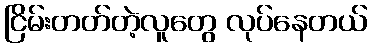
ငြိမ်းတတ်တဲ့လူတွေ လုပ်နေတယ်